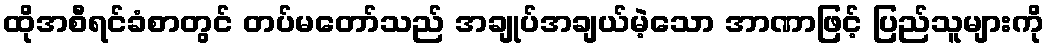
ထိုအစီရင်ခံစာတွင် တပ်မတော်သည် အချုပ်အချယ်မဲ့သော အာဏာဖြင့် ပြည်သူများကို